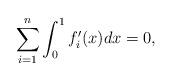
LaTeX: \begin{align*}\sum_{i=1}^n \int_0^1 f'_i (x) dx=0,\end{align*}